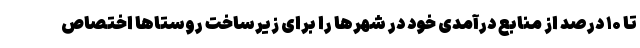
تا ۱۰ درصد از منابع درآمدی خود در شهرها را برای زیرساخت روستاها اختصاص